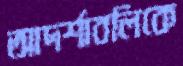
আদর্শাবলিকে